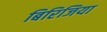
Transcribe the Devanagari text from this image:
बिरिजिया